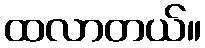
ထလာတယ်။